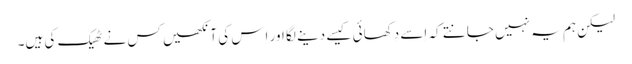
‏ لیکن ہم یہ نہیں جانتے کہ اِسے دِکھائی کیسے دینے لگا اور اِس کی آنکھیں کس نے ٹھیک کی ہیں۔